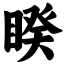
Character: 睽